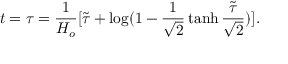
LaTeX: t = \tau = \frac { 1 } { H _ { o } } [ \tilde { \tau } + \log ( 1 - \frac { 1 } { \sqrt { 2 } } \operatorname { t a n h } \frac { \tilde { \tau } } { \sqrt { 2 } } ) ] .